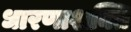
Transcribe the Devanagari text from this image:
धारणाशक्ति